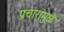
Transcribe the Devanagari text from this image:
प्रचारामुळे